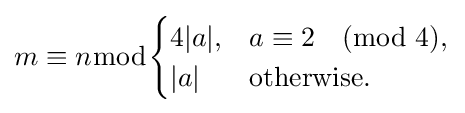
m\equiv n{\bmod {\begin{cases}4|a|,&a\equiv 2{\pmod {4}},\\|a|&{\text{otherwise.}}\end{cases}}}